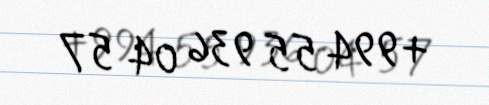
+994 55 936 04 57